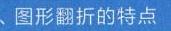
、图形翻折的特点